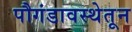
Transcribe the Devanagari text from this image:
पौगंडावस्थेतून